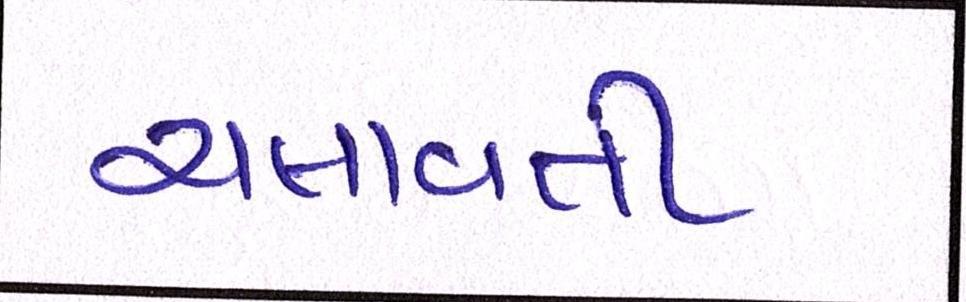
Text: ચલાવતી